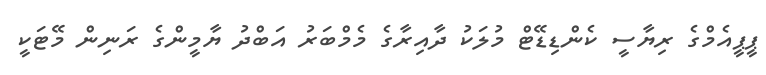
ޕީޕީއެމްގެ ރިޔާސީ ކެންޑިޑޭޓް މުލަކު ދާއިރާގެ މެމްބަރު އަބްދު ޔާމީންގެ ރަނިން މޭޓަކީ